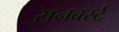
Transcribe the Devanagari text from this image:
सनबर्स्ट